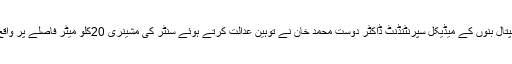
لیکن حکم امتناع کے باوجود وومن اینڈ چلڈرن ہسپتال بنوں کے میڈیکل سپرنٹنڈنٹ ڈاکٹر دوست محمد خان نے توہین عدالت کرتے ہوئے سنٹر کی مشینری 20کلو میٹر فاصلے پر واقع خلیفہ گلنواز میڈیکل کمپلیکس منتقل کر دی ہے۔